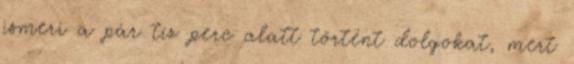
ismeri a pár tíz perc alatt történt dolgokat, mert